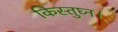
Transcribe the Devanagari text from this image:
किस्तुघ्न।